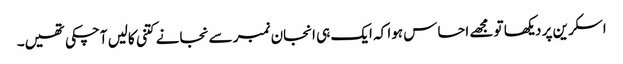
اسکرین پر دیکھا تو مجھے احساس ہوا کہ ایک ہی انجان نمبر سے نجانے کتنی کالیں آچکی تھیں۔